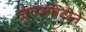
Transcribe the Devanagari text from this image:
जुगलबंदीने